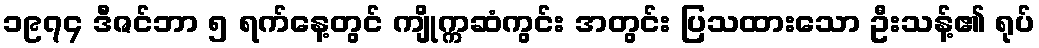
၁၉၇၄ ဒီဇင်ဘာ ၅ ရက်နေ့တွင် ကျိုက္ကဆံကွင်း အတွင်း ပြသထားသော ဦးသန့်၏ ရုပ်